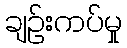
ချဉ်းကပ်မှု